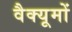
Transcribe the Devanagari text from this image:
वैक्यूमों